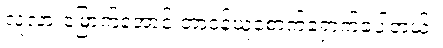
လူလားမြောက်အောင် တာဝန်ယူစောက်ရှောက်ခဲ့ပါတယ်။